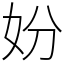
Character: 妢